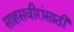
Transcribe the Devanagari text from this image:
साहसवीरांसाठी